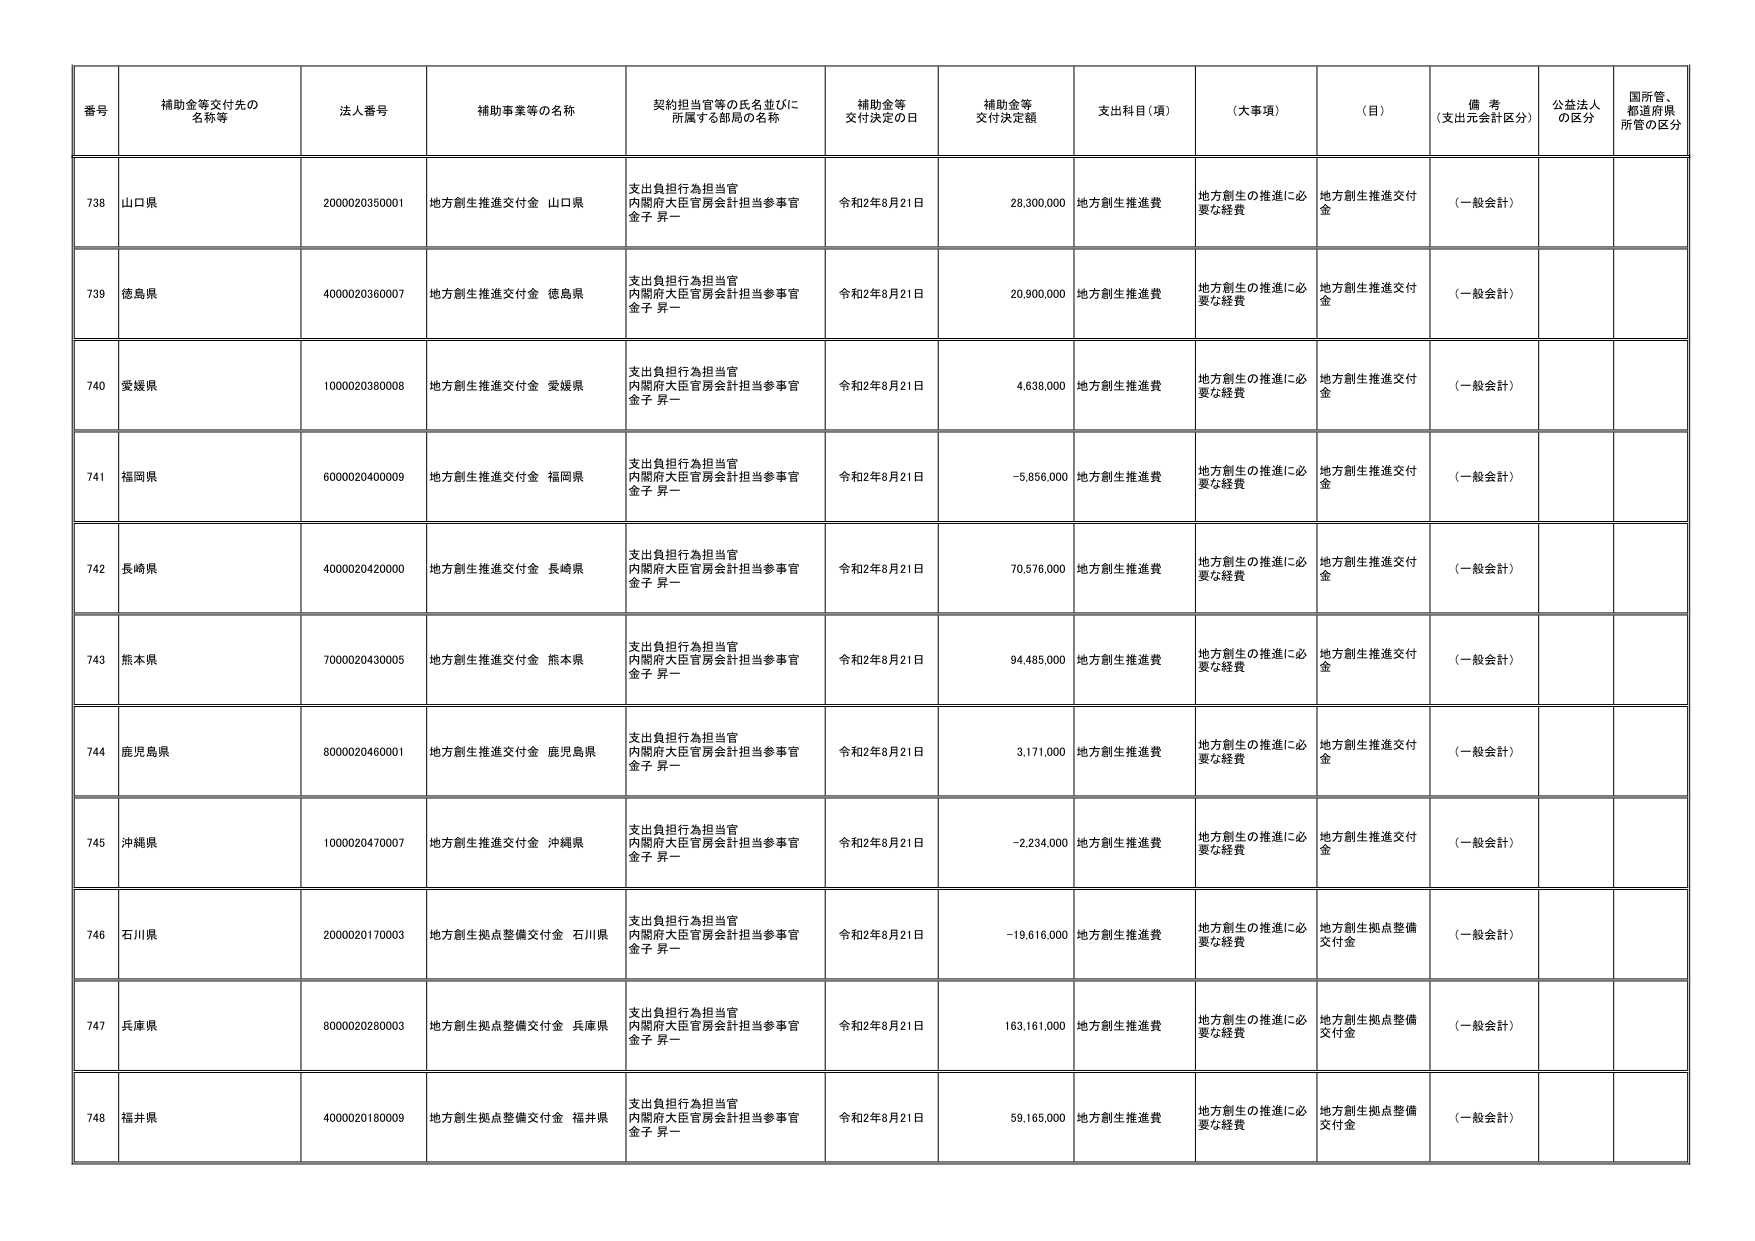
番号 補助金等交付先の名称等 法人番号 補助事業等の名称 契約担当官等の氏名並びに所属する部局の名称 補助金等交付決定の日 補助金等交付決定額 支出科目（項） （大事項） （目） 備考（支出元会計区分） 公益法人の区分 国所管、都道府県所管の区分
738 山口県 2000020350001 地方創生推進交付金 山口県 支出負担行為担当官 内閣府大臣官房会計担当参事官 金子 昇一 令和2年8月21日 28,300,000 地方創生推進費 地方創生の推進に必要な経費 地方創生推進交付金 （一般会計）
739 徳島県 4000020360007 地方創生推進交付金 徳島県 支出負担行為担当官 内閣府大臣官房会計担当参事官 金子 昇一 令和2年8月21日 20,900,000 地方創生推進費 地方創生の推進に必要な経費 地方創生推進交付金 （一般会計）
740 愛媛県 1000020380008 地方創生推進交付金 愛媛県 支出負担行為担当官 内閣府大臣官房会計担当参事官 金子 昇一 令和2年8月21日 4,638,000 地方創生推進費 地方創生の推進に必要な経費 地方創生推進交付金 （一般会計）
741 福岡県 6000020400009 地方創生推進交付金 福岡県 支出負担行為担当官 内閣府大臣官房会計担当参事官 金子 昇一 令和2年8月21日 -5,856,000 地方創生推進費 地方創生の推進に必要な経費 地方創生推進交付金 （一般会計）
742 長崎県 4000020420000 地方創生推進交付金 長崎県 支出負担行為担当官 内閣府大臣官房会計担当参事官 金子 昇一 令和2年8月21日 70,576,000 地方創生推進費 地方創生の推進に必要な経費 地方創生推進交付金 （一般会計）
743 熊本県 7000020430005 地方創生推進交付金 熊本県 支出負担行為担当官 内閣府大臣官房会計担当参事官 金子 昇一 令和2年8月21日 94,485,000 地方創生推進費 地方創生の推進に必要な経費 地方創生推進交付金 （一般会計）
744 鹿児島県 8000020460001 地方創生推進交付金 鹿児島県 支出負担行為担当官 内閣府大臣官房会計担当参事官 金子 昇一 令和2年8月21日 3,171,000 地方創生推進費 地方創生の推進に必要な経費 地方創生推進交付金 （一般会計）
745 沖縄県 1000020470007 地方創生推進交付金 沖縄県 支出負担行為担当官 内閣府大臣官房会計担当参事官 金子 昇一 令和2年8月21日 -2,234,000 地方創生推進費 地方創生の推進に必要な経費 地方創生推進交付金 （一般会計）
746 石川県 2000020170003 地方創生拠点整備交付金 石川県 支出負担行為担当官 内閣府大臣官房会計担当参事官 金子 昇一 令和2年8月21日 -19,616,000 地方創生推進費 地方創生の推進に必要な経費 地方創生拠点整備交付金 （一般会計）
747 兵庫県 8000020280003 地方創生拠点整備交付金 兵庫県 支出負担行為担当官 内閣府大臣官房会計担当参事官 金子 昇一 令和2年8月21日 163,161,000 地方創生推進費 地方創生の推進に必要な経費 地方創生拠点整備交付金 （一般会計）
748 福井県 4000020180009 地方創生拠点整備交付金 福井県 支出負担行為担当官 内閣府大臣官房会計担当参事官 金子 昇一 令和2年8月21日 59,165,000 地方創生推進費 地方創生の推進に必要な経費 地方創生拠点整備交付金 （一般会計）